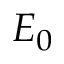
E _ { 0 }